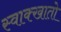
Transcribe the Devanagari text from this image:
स्वाक्खातो